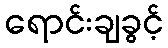
ရောင်းချခွင့်